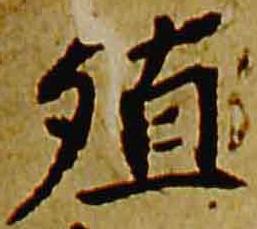
殖